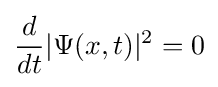
{\frac {d}{dt}}|\Psi (x,t)|^{2}=0